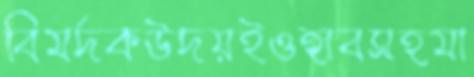
বিমর্দকউদয়ইওহাবসহমা